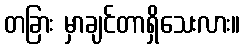
တခြား မှာချင်တာရှိသေးလား။